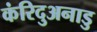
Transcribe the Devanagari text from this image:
कंरिदुअनाडु